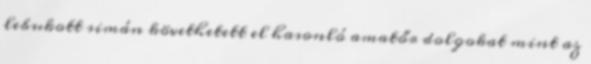
lebukott simán követhetett el hasonló amatőr dolgokat mint az